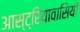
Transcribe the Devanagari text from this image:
आस्ट्रियावासियों